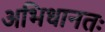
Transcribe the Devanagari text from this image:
अभिधानतः